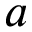
\b { a }